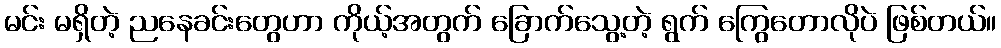
မင်း မရှိတဲ့ ညနေခင်းတွေဟာ ကိုယ့်အတွက် ခြောက်သွေ့တဲ့ ရွက် ကြွေတောလိုပဲ ဖြစ်တယ်။